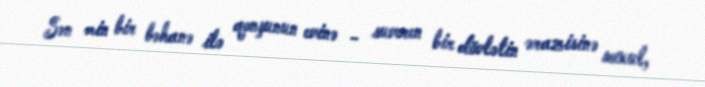
Sən min bir bəhanə ilə qonşunun evinə - suveren bir dövlətin ərazisinə soxul,